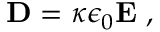
\mathbf { D } = \kappa \epsilon _ { 0 } \mathbf { E } \ ,